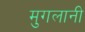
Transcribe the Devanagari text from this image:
मुगलानी